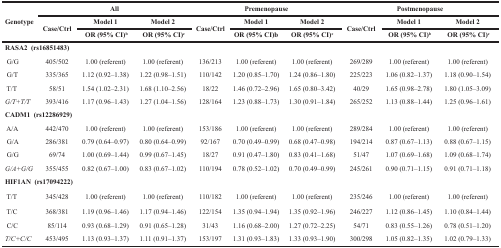
<table><thead><tr><td rowspan="3"><b>Genotype</b></td><td colspan="3"><b>All</b></td><td colspan="3"><b>Premenopause</b></td><td colspan="3"><b>Postmenopause</b></td></tr><tr><td rowspan="2"><b>Case/Ctrl</b></td><td><b>Model 1</b></td><td><b>Model 2</b></td><td rowspan="2"><b>Case/Ctrl</b></td><td><b>Model 1</b></td><td><b>Model 2</b></td><td rowspan="2"><b>Case/Ctrl</b></td><td><b>Model 1</b></td><td><b>Model 2</b></td></tr><tr><td><b>OR (95% CI)b</b></td><td><b>OR (95% CI)c</b></td><td><b>OR (95% CI)b</b></td><td><b>OR (95% CI)c</b></td><td><b>OR (95% CI)b</b></td><td><b>OR (95% CI)c</b></td></tr></thead><tbody><tr><td colspan="3"><b>RASA2 (rs16851483)</b></td><td></td><td></td><td></td><td></td><td></td><td></td><td></td></tr><tr><td> G/G</td><td>405/502</td><td>1.00 (referent)</td><td>1.00 (referent)</td><td>136/213</td><td>1.00 (referent)</td><td>1.00 (referent)</td><td>269/289</td><td>1.00 (referent)</td><td>1.00 (referent)</td></tr><tr><td> G/T</td><td>335/365</td><td>1.12 (0.92–1.38)</td><td>1.22 (0.98–1.51)</td><td>110/142</td><td>1.20 (0.85–1.70)</td><td>1.24 (0.86–1.80)</td><td>225/223</td><td>1.06 (0.82–1.37)</td><td>1.18 (0.90–1.54)</td></tr><tr><td> T/T</td><td>58/51</td><td>1.54 (1.02–2.31)</td><td>1.68 (1.10–2.56)</td><td>18/22</td><td>1.46 (0.72–2.96)</td><td>1.65 (0.80–3.42)</td><td>40/29</td><td>1.65 (0.98–2.78)</td><td>1.80 (1.05–3.09)</td></tr><tr><td> <i>G/T+T/T</i></td><td>393/416</td><td>1.17 (0.96–1.43)</td><td>1.27 (1.04–1.56)</td><td>128/164</td><td>1.23 (0.88–1.73)</td><td>1.30 (0.91–1.84)</td><td>265/252</td><td>1.13 (0.88–1.44)</td><td>1.25 (0.96–1.61)</td></tr><tr><td colspan="3"><b>CADM1 (rs12286929)</b></td><td></td><td></td><td></td><td></td><td></td><td></td><td></td></tr><tr><td> A/A</td><td>442/470</td><td>1.00 (referent)</td><td>1.00 (referent)</td><td>153/186</td><td>1.00 (referent)</td><td>1.00 (referent)</td><td>289/284</td><td>1.00 (referent)</td><td>1.00 (referent)</td></tr><tr><td> G/A</td><td>286/381</td><td>0.79 (0.64–0.97)</td><td>0.80 (0.64–0.99)</td><td>92/167</td><td>0.70 (0.49–0.99)</td><td>0.68 (0.47–0.98)</td><td>194/214</td><td>0.87 (0.67–1.13)</td><td>0.88 (0.67–1.15)</td></tr><tr><td> G/G</td><td>69/74</td><td>1.00 (0.69–1.44)</td><td>0.99 (0.67–1.45)</td><td>18/27</td><td>0.91 (0.47–1.80)</td><td>0.83 (0.41–1.68)</td><td>51/47</td><td>1.07 (0.69–1.68)</td><td>1.09 (0.68–1.74)</td></tr><tr><td> <i>G/A+G/G</i></td><td>355/455</td><td>0.82 (0.67–1.00)</td><td>0.83 (0.67–1.02)</td><td>110/194</td><td>0.78 (0.52–1.02)</td><td>0.70 (0.49–0.99)</td><td>245/261</td><td>0.90 (0.71–1.15)</td><td>0.91 (0.71–1.18)</td></tr><tr><td colspan="3"><b>HIF1AN (rs17094222)</b></td><td></td><td></td><td></td><td></td><td></td><td></td><td></td></tr><tr><td> T/T</td><td>345/428</td><td>1.00 (referent)</td><td>1.00 (referent)</td><td>110/182</td><td>1.00 (referent)</td><td>1.00 (referent)</td><td>235/246</td><td>1.00 (referent)</td><td>1.00 (referent)</td></tr><tr><td> T/C</td><td>368/381</td><td>1.19 (0.96–1.46)</td><td>1.17 (0.94–1.46)</td><td>122/154</td><td>1.35 (0.94–1.94)</td><td>1.35 (0.92–1.96)</td><td>246/227</td><td>1.12 (0.86–1.45)</td><td>1.10 (0.84–1.44)</td></tr><tr><td> C/C</td><td>85/114</td><td>0.93 (0.68–1.29)</td><td>0.91 (0.65–1.28)</td><td>31/43</td><td>1.16 (0.68–2.00)</td><td>1.27 (0.72–2.25)</td><td>54/71</td><td>0.83 (0.55–1.26)</td><td>0.78 (0.51–1.20)</td></tr><tr><td> <i>T/C+C/C</i></td><td>453/495</td><td>1.13 (0.93–1.37)</td><td>1.11 (0.91–1.37)</td><td>153/197</td><td>1.31 (0.93–1.83)</td><td>1.33 (0.93–1.90)</td><td>300/298</td><td>1.05 (0.82–1.35)</td><td>1.02 (0.79–1.33)</td></tr></tbody></table>